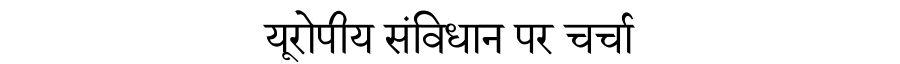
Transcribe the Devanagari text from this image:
यूरोपीय संविधान पर चर्चा